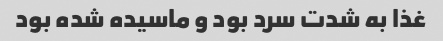
غذا به شدت سرد بود و ماسیده شده بود